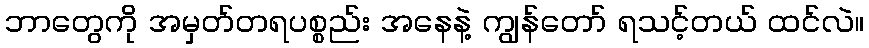
ဘာတွေကို အမှတ်တရပစ္စည်း အနေနဲ့ ကျွန်တော် ရသင့်တယ် ထင်လဲ။